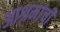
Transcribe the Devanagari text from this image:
आश्रमांची